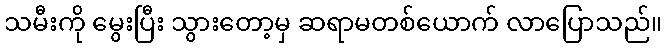
သမီးကို မွေးပြီး သွားတော့မှ ဆရာမတစ်ယောက် လာပြောသည်။